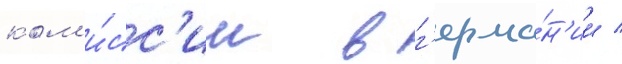
ком'и́сс'ии в г'ерма́н'ии /